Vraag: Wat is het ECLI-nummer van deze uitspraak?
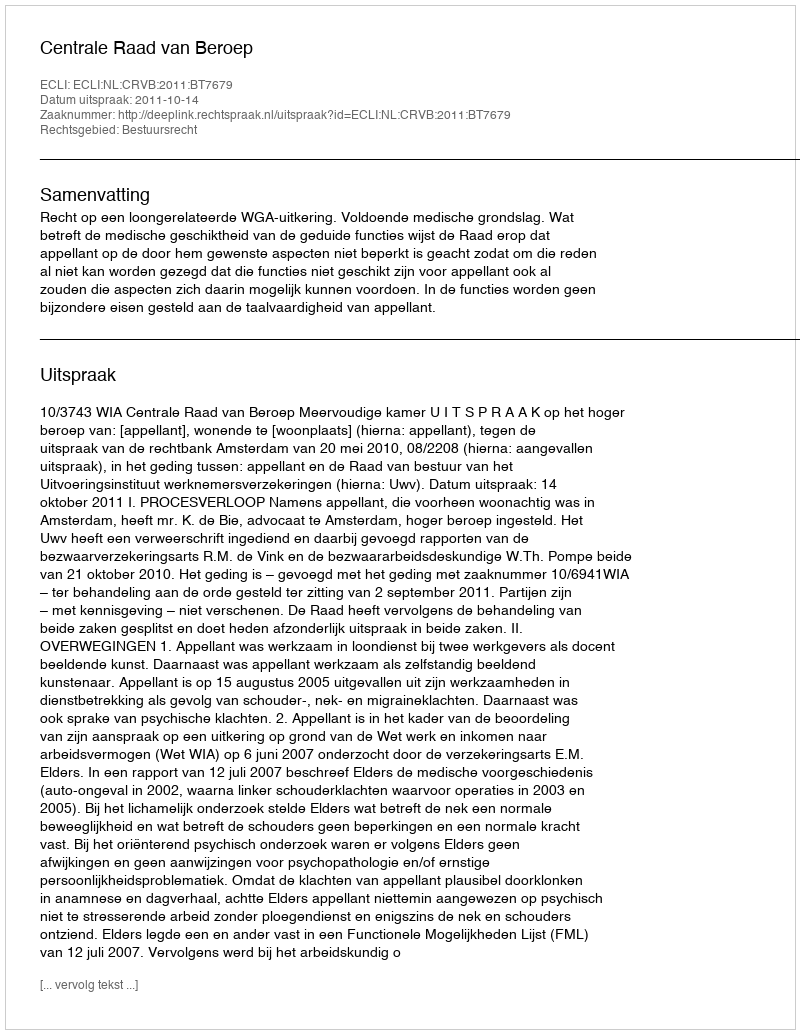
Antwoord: ECLI:NL:CRVB:2011:BT7679